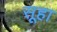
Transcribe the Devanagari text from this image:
सूहा